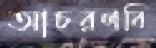
আচরণবি